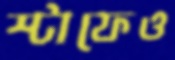
স্টাফেও